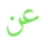
عن